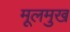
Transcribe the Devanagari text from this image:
मूलमुख